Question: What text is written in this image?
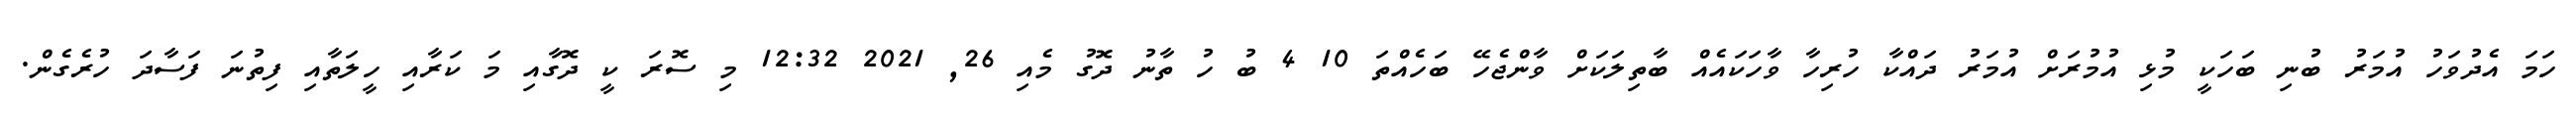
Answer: ހަމަ އެދުވަހު އުމަރު ބުނި ބަހަކީ މުޅި އުމުރަށް އުމަރު ދައްކާ ހުރިހާ ވާހަކައެއް ބާތިލަކަށް ވާންޖެހޭ ބަހެއްތަ 10 4 ބު ހު ތާނު ދޮގު މެއި 26, 2021 12:32 މި ސޮރަ ކީ ދޮގާއި މަ ކަރާއި ހީލަތާއި ފިތުނަ ފަސާދަ ހުރެގެން.